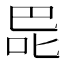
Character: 巼